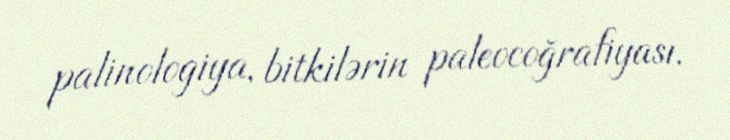
palinologiya, bitkilərin paleocoğrafiyası.